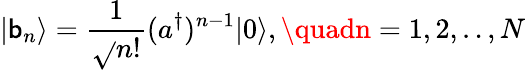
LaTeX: |\mathsf{b}_{n}\rangle=\frac{{1}}{{\sqrt{}{{n!}}}}(a^{\dagger})^{n-1}|0\rangle,\quadn=1,2,..,N